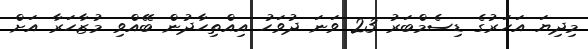
މިދިޔަ އަހަރުގެ ޑިސެމްބަރު 23 ވަނަ ދުވަހު އިއްތިހާދުން ބޭއްވި މުޒާހަރާ އަށް